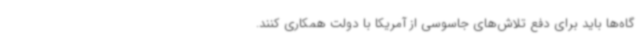
گاه‌ها باید برای دفع تلاش‌های جاسوسی از آمریکا با دولت همکاری کنند.